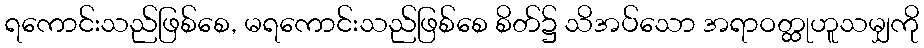
ရကောင်းသည်ဖြစ်စေ, မရကောင်းသည်ဖြစ်စေ စိတ်၌ သိအပ်သော အရာဝတ္ထုဟူသမျှကို